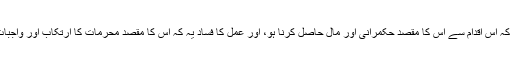
نیت کا فساد یہ ہے کہ اس اقدام سے اس کا مقصد حکمرانی اور مال حاصل کرنا ہو، اور عمل کا فساد یہ کہ اس کا مقصد محرمات کا ارتکاب اور واجبات کو ترک کرنا ہو۔